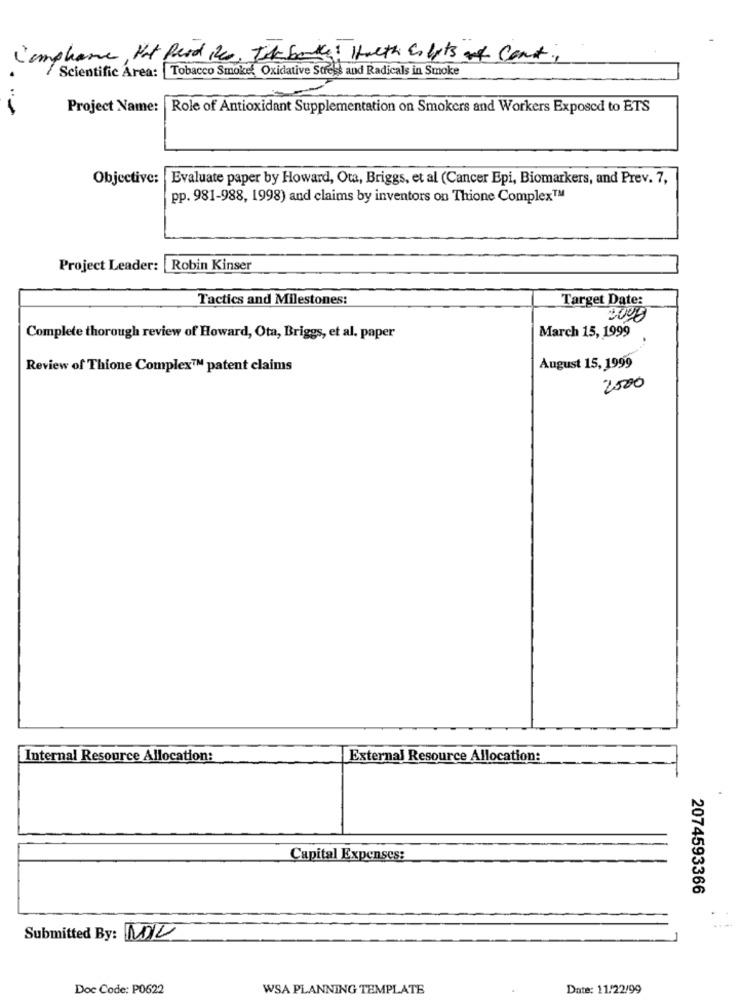
l'emplane, Not Read Res, Til banky: Helth & lots at const,
Scientific Area: Tobacco Smoked Oxidative Stress and Radicals in Smoke
Project Name: Role of Antioxidant Supplementation on Smokers and Workers Exposed to BTS
Objective: Evaluate paper by Howard, Ota, Briggs, et al (Cancer Epi, Biomarkers, and Prev. 7,
pp. 981-988, 1998) and claims by inventors on Thione Complex™
Project Leader:
Robin Kinser
Tactics and Milestones:
Target Date:
March 15, 1999
Complete thorough review of Howard, Ota, Briggs, et al. paper
Review of Thione Complex™ patent claims
August 15, 1999
2500
Internal Resource Allocation:
External Resource Allocation:
Capital Expenses:
2074593366
Submitted By: MIL
Doc Code: P0622
WSA PLANNING TEMPLATE
Date: 11/22/99